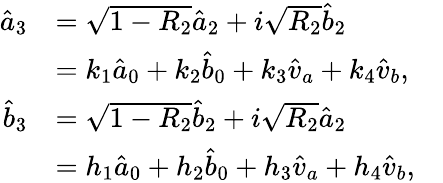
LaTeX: \begin{array}{rlr}{\hat{a}_{3}}&{=\sqrt{1-R_{2}}\hat{a}_{2}+i\sqrt{R_{2}}\hat{b}_{2}}&\\ &{=k_{1}\hat{a}_{0}+k_{2}\hat{b}_{0}+k_{3}\hat{v}_{a}+k_{4}\hat{v}_{b},}&\\ {\hat{b}_{3}}&{=\sqrt{1-R_{2}}\hat{b}_{2}+i\sqrt{R_{2}}\hat{a}_{2}}&\\ &{=h_{1}\hat{a}_{0}+h_{2}\hat{b}_{0}+h_{3}\hat{v}_{a}+h_{4}\hat{v}_{b},}&\end{array}